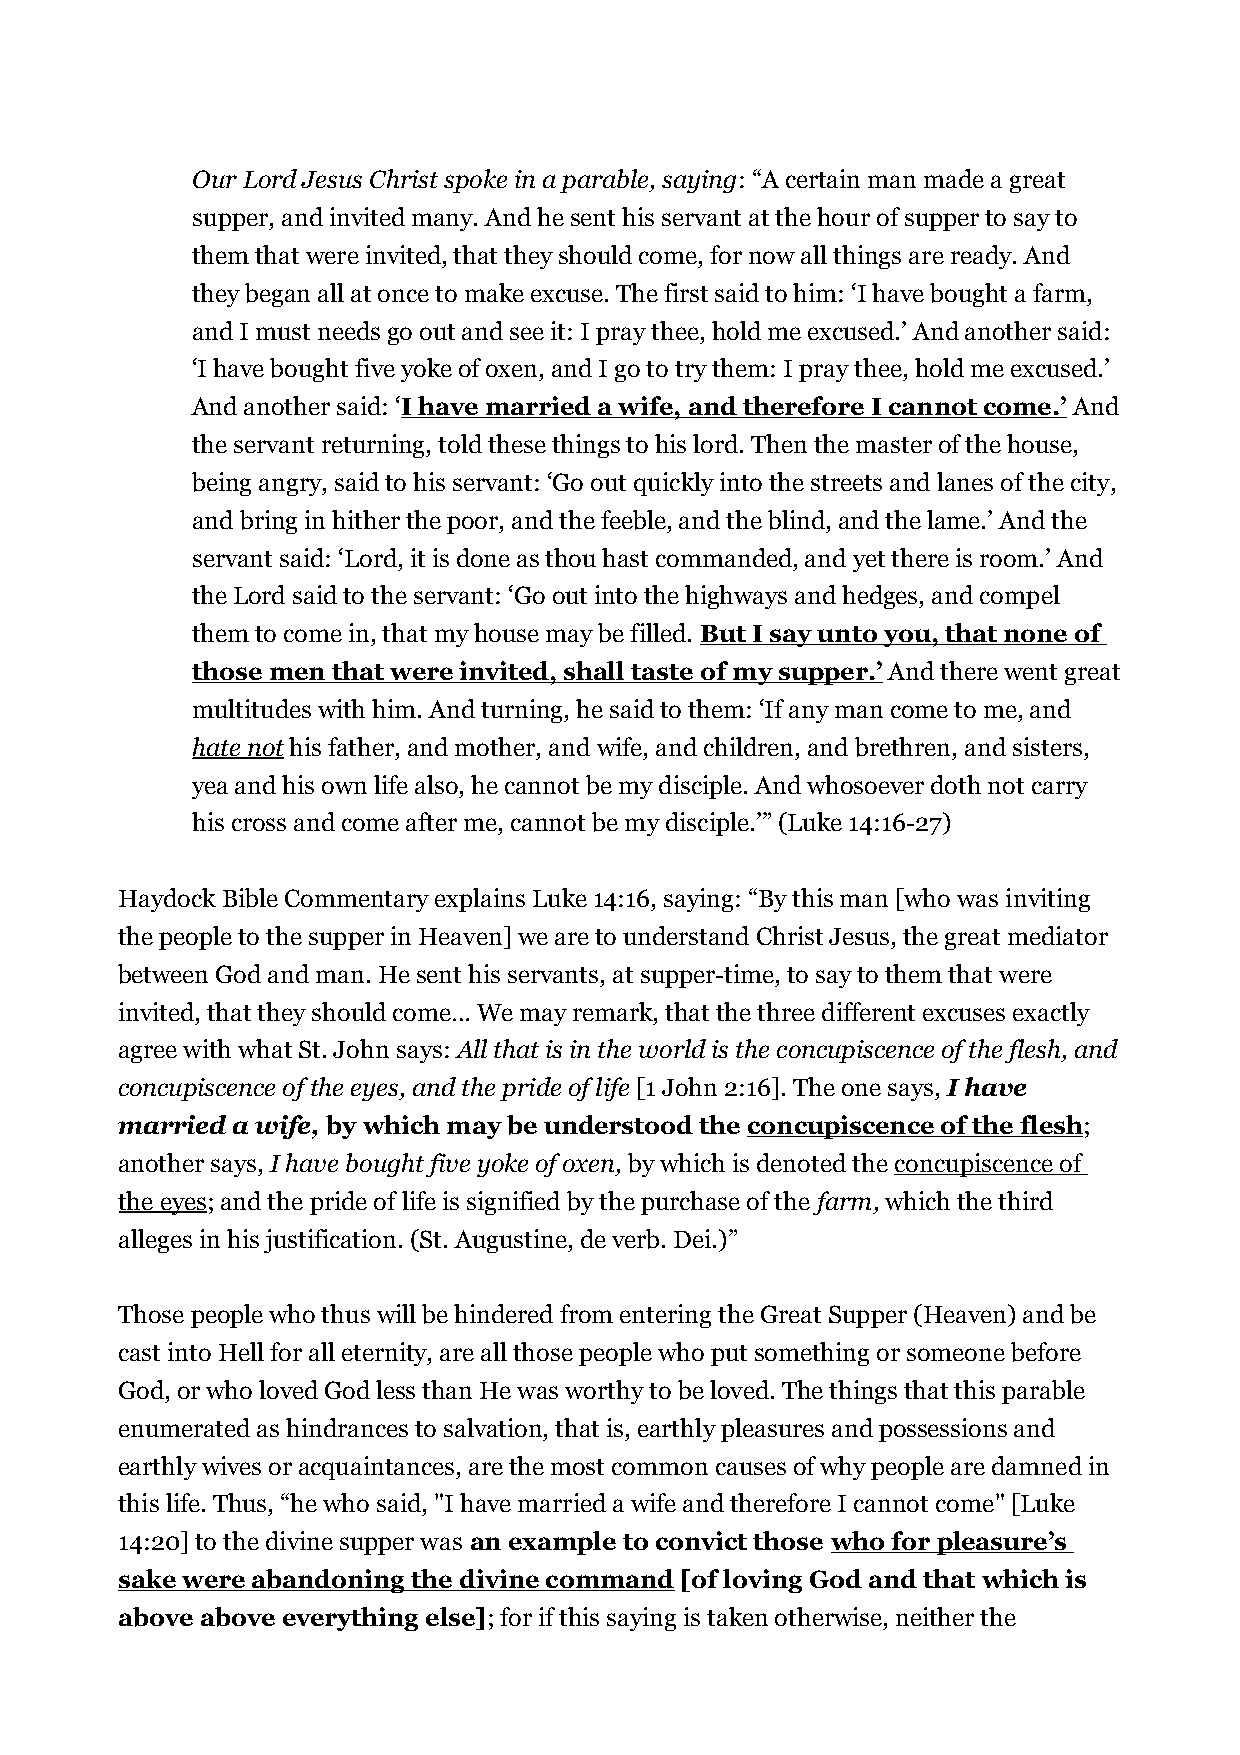
Our Lord Jesus Christ spoke in a parable, saying: “A certain man made a great
 supper, and invited many. And he sent his servant at the hour of supper to say to
 them that were invited, that they should come, for now all things are ready. And
 they began all at once to make excuse. The first said to him: ‘I have bought a farm,
 and I must needs go out and see it: I pray thee, hold me excused.’ And another said:
 ‘I have bought five yoke of oxen, and I go to try them: I pray thee, hold me excused.’
 And another said: ‘I have married a wife, and therefore I cannot come.’ And
 the servant returning, told these things to his lord. Then the master of the house,
 being angry, said to his servant: ‘Go out quickly into the streets and lanes of the city,
 and bring in hither the poor, and the feeble, and the blind, and the lame.’ And the
 servant said: ‘Lord, it is done as thou hast commanded, and yet there is room.’ And
 the Lord said to the servant: ‘Go out into the highways and hedges, and compel
 them to come in, that my house may be filled. But I say unto you, that none of
 those men that were invited, shall taste of my supper.’ And there went great
 multitudes with him. And turning, he said to them: ‘If any man come to me, and
 hate not his father, and mother, and wife, and children, and brethren, and sisters,
 yea and his own life also, he cannot be my disciple. And whosoever doth not carry
 his cross and come after me, cannot be my disciple.’” (Luke 14:16-27)
 Haydock Bible Commentary explains Luke 14:16, saying: “By this man [who was inviting
 the people to the supper in Heaven] we are to understand Christ Jesus, the great mediator
 between God and man. He sent his servants, at supper-time, to say to them that were
 invited, that they should come… We may remark, that the three different excuses exactly
 agree with what St. John says: All that is in the world is the concupiscence of the flesh, and
 concupiscence of the eyes, and the pride of life [1 John 2:16]. The one says, I have
 married a wife, by which may be understood the concupiscence of the flesh;
 another says, I have bought five yoke of oxen, by which is denoted the concupiscence of
 the eyes; and the pride of life is signified by the purchase of the farm, which the third
 alleges in his justification. (St. Augustine, de verb. Dei.)”
 Those people who thus will be hindered from entering the Great Supper (Heaven) and be
 cast into Hell for all eternity, are all those people who put something or someone before
 God, or who loved God less than He was worthy to be loved. The things that this parable
 enumerated as hindrances to salvation, that is, earthly pleasures and possessions and
 earthly wives or acquaintances, are the most common causes of why people are damned in
 this life. Thus, “he who said, "I have married a wife and therefore I cannot come" [Luke
 14:20] to the divine supper was an example to convict those who for pleasure’s
 sake were abandoning the divine command [of loving God and that which is
 above above everything else]; for if this saying is taken otherwise, neither the